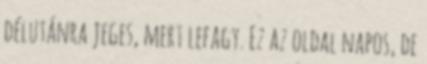
délutánra jeges, mert lefagy. Ez az oldal napos, de